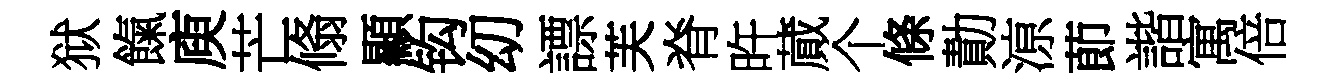
狱餼庾芒翛顯钩㓜謤芙脊旿蕆个條勣鿌莭諧寓倍